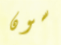
سون